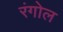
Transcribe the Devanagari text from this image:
रंगोल